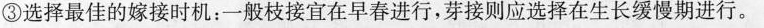
③选择最佳的嫁接时机：一般枝接宜在早春进行，芽接则应选择在生长缓慢期进行。